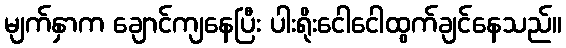
မျက်နှာက ချောင်ကျနေပြီး ပါးရိုးငေါငေါထွက်ချင်နေသည်။